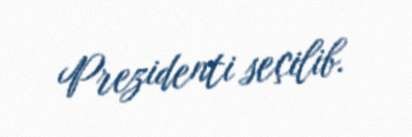
Prezidenti seçilib.